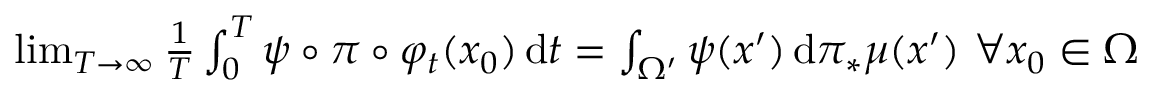
\begin{array} { r } { \operatorname* { l i m } _ { T \rightarrow \infty } \frac { 1 } { T } \int _ { 0 } ^ { T } \psi \circ \pi \circ \varphi _ { t } ( x _ { 0 } ) \, \mathrm { d } t = \int _ { \Omega ^ { \prime } } \psi ( x ^ { \prime } ) \, \mathrm { d } \pi _ { * } \mu ( x ^ { \prime } ) ~ \forall x _ { 0 } \in \Omega } \end{array}